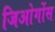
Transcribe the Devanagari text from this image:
जिओर्गोस